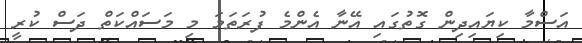
އަސްމާ ކިޔައިދިން ގޮތުގައި އޭނާ އެންމެ ފުރަތަމަ މި މަސައްކަތް ދަސް ކުރީ